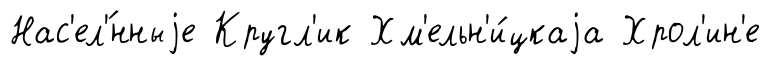
Нас'ел'́нныjе Кругл'ик Хм'ельн'и́цкаjа Хрол'ин'е